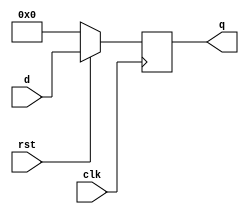
module flopr(clk, rst, d, q);
  input clk;
  input rst;
  input [31:0]d;
  output reg [31:0]q;
  always @(negedge clk)
  begin
    if (rst)
      q <= d;
    else
      q <= 0;
  end
endmodule